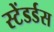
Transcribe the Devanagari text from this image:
स्टेंडर्डस